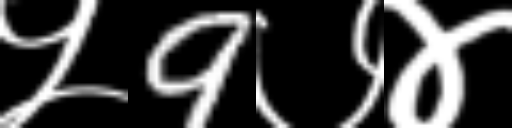
Text: ५9७४